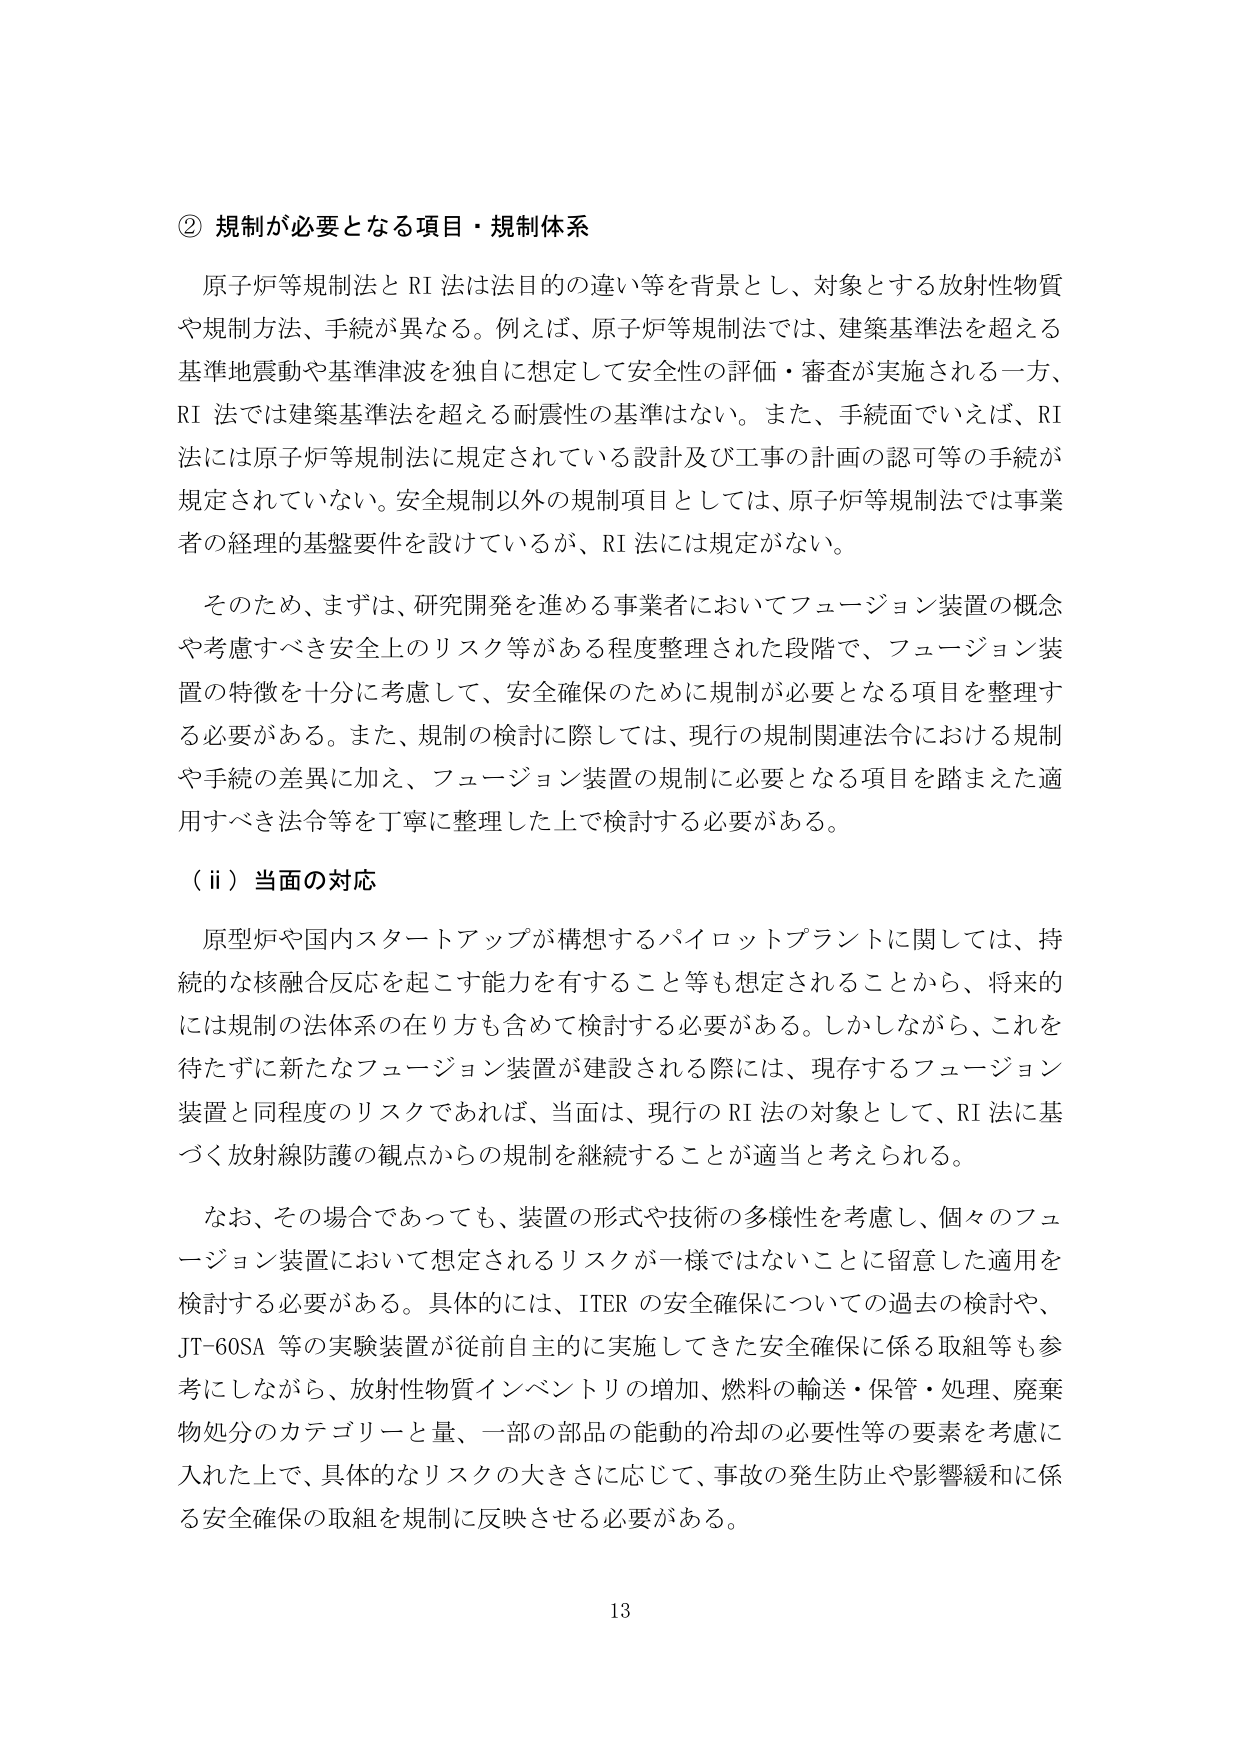
② 規制が必要となる項目・規制体系

原子炉等規制法とRI法は法目的の違い等を背景とし、対象とする放射性物質や規制方法、手続が異なる。例えば、原子炉等規制法では、建築基準法を超える基準地震動や基準津波を独自に想定して安全性の評価・審査が実施される一方、RI法では建築基準法を超える耐震性の基準はない。また、手続面でいえば、RI法には原子炉等規制法に規定されている設計及び工事の計画の認可等の手続が規定されていない。安全規制以外の規制項目としては、原子炉等規制法では事業者の経理的基盤要件を設けているが、RI法には規定がない。

そのため、まずは、研究開発を進める事業者においてフュージョン装置の概念や考慮すべき安全上のリスク等がある程度整理された段階で、フュージョン装置の特徴を十分に考慮して、安全確保のために規制が必要となる項目を整理する必要がある。また、規制の検討に際しては、現行の規制関連法令における規制や手続の差異に加え、フュージョン装置の規制に必要となる項目を踏まえた適用すべき法令等を丁寧に整理した上で検討する必要がある。

（ⅱ）当面の対応

原型炉や国内スタートアップが構想するパイロットプラントに関しては、持続的な核融合反応を起こす能力を有すること等も想定されることから、将来的には規制の法体系の在り方も含めて検討する必要がある。しかしながら、これを待たずに新たなフュージョン装置が建設される際には、現存するフュージョン装置と同程度のリスクであれば、当面は、現行のRI法の対象として、RI法に基づく放射線防護の観点からの規制を継続することが適当と考えられる。

なお、その場合であっても、装置の形式や技術の多様性を考慮し、個々のフュージョン装置において想定されるリスクが一様ではないことに留意した適用を検討する必要がある。具体的には、ITERの安全確保についての過去の検討や、JT-60SA等の実験装置が従前自主的に実施してきた安全確保に係る取組等も参考にしながら、放射性物質インベントリの増加、燃料の輸送・保管・処理、廃棄物処分のカテゴリーと量、一部の部品の能動的冷却の必要性等の要素を考慮に入れた上で、具体的なリスクの大きさに応じて、事故の発生防止や影響緩和に係る安全確保の取組を規制に反映させる必要がある。

13